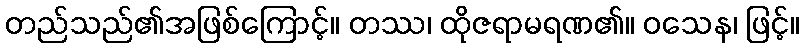
တည်သည်၏အဖြစ်ကြောင့်။ တဿ၊ ထိုဇရာမရဏ၏။ ဝသေန၊ ဖြင့်။